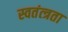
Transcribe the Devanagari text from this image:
स्वतंत्त्रता